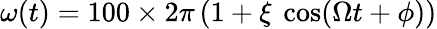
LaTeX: \omega(t)=100\times 2\pi\left(1+\xi\ \cos(\Omega t+\phi)\right)